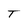
Character: T